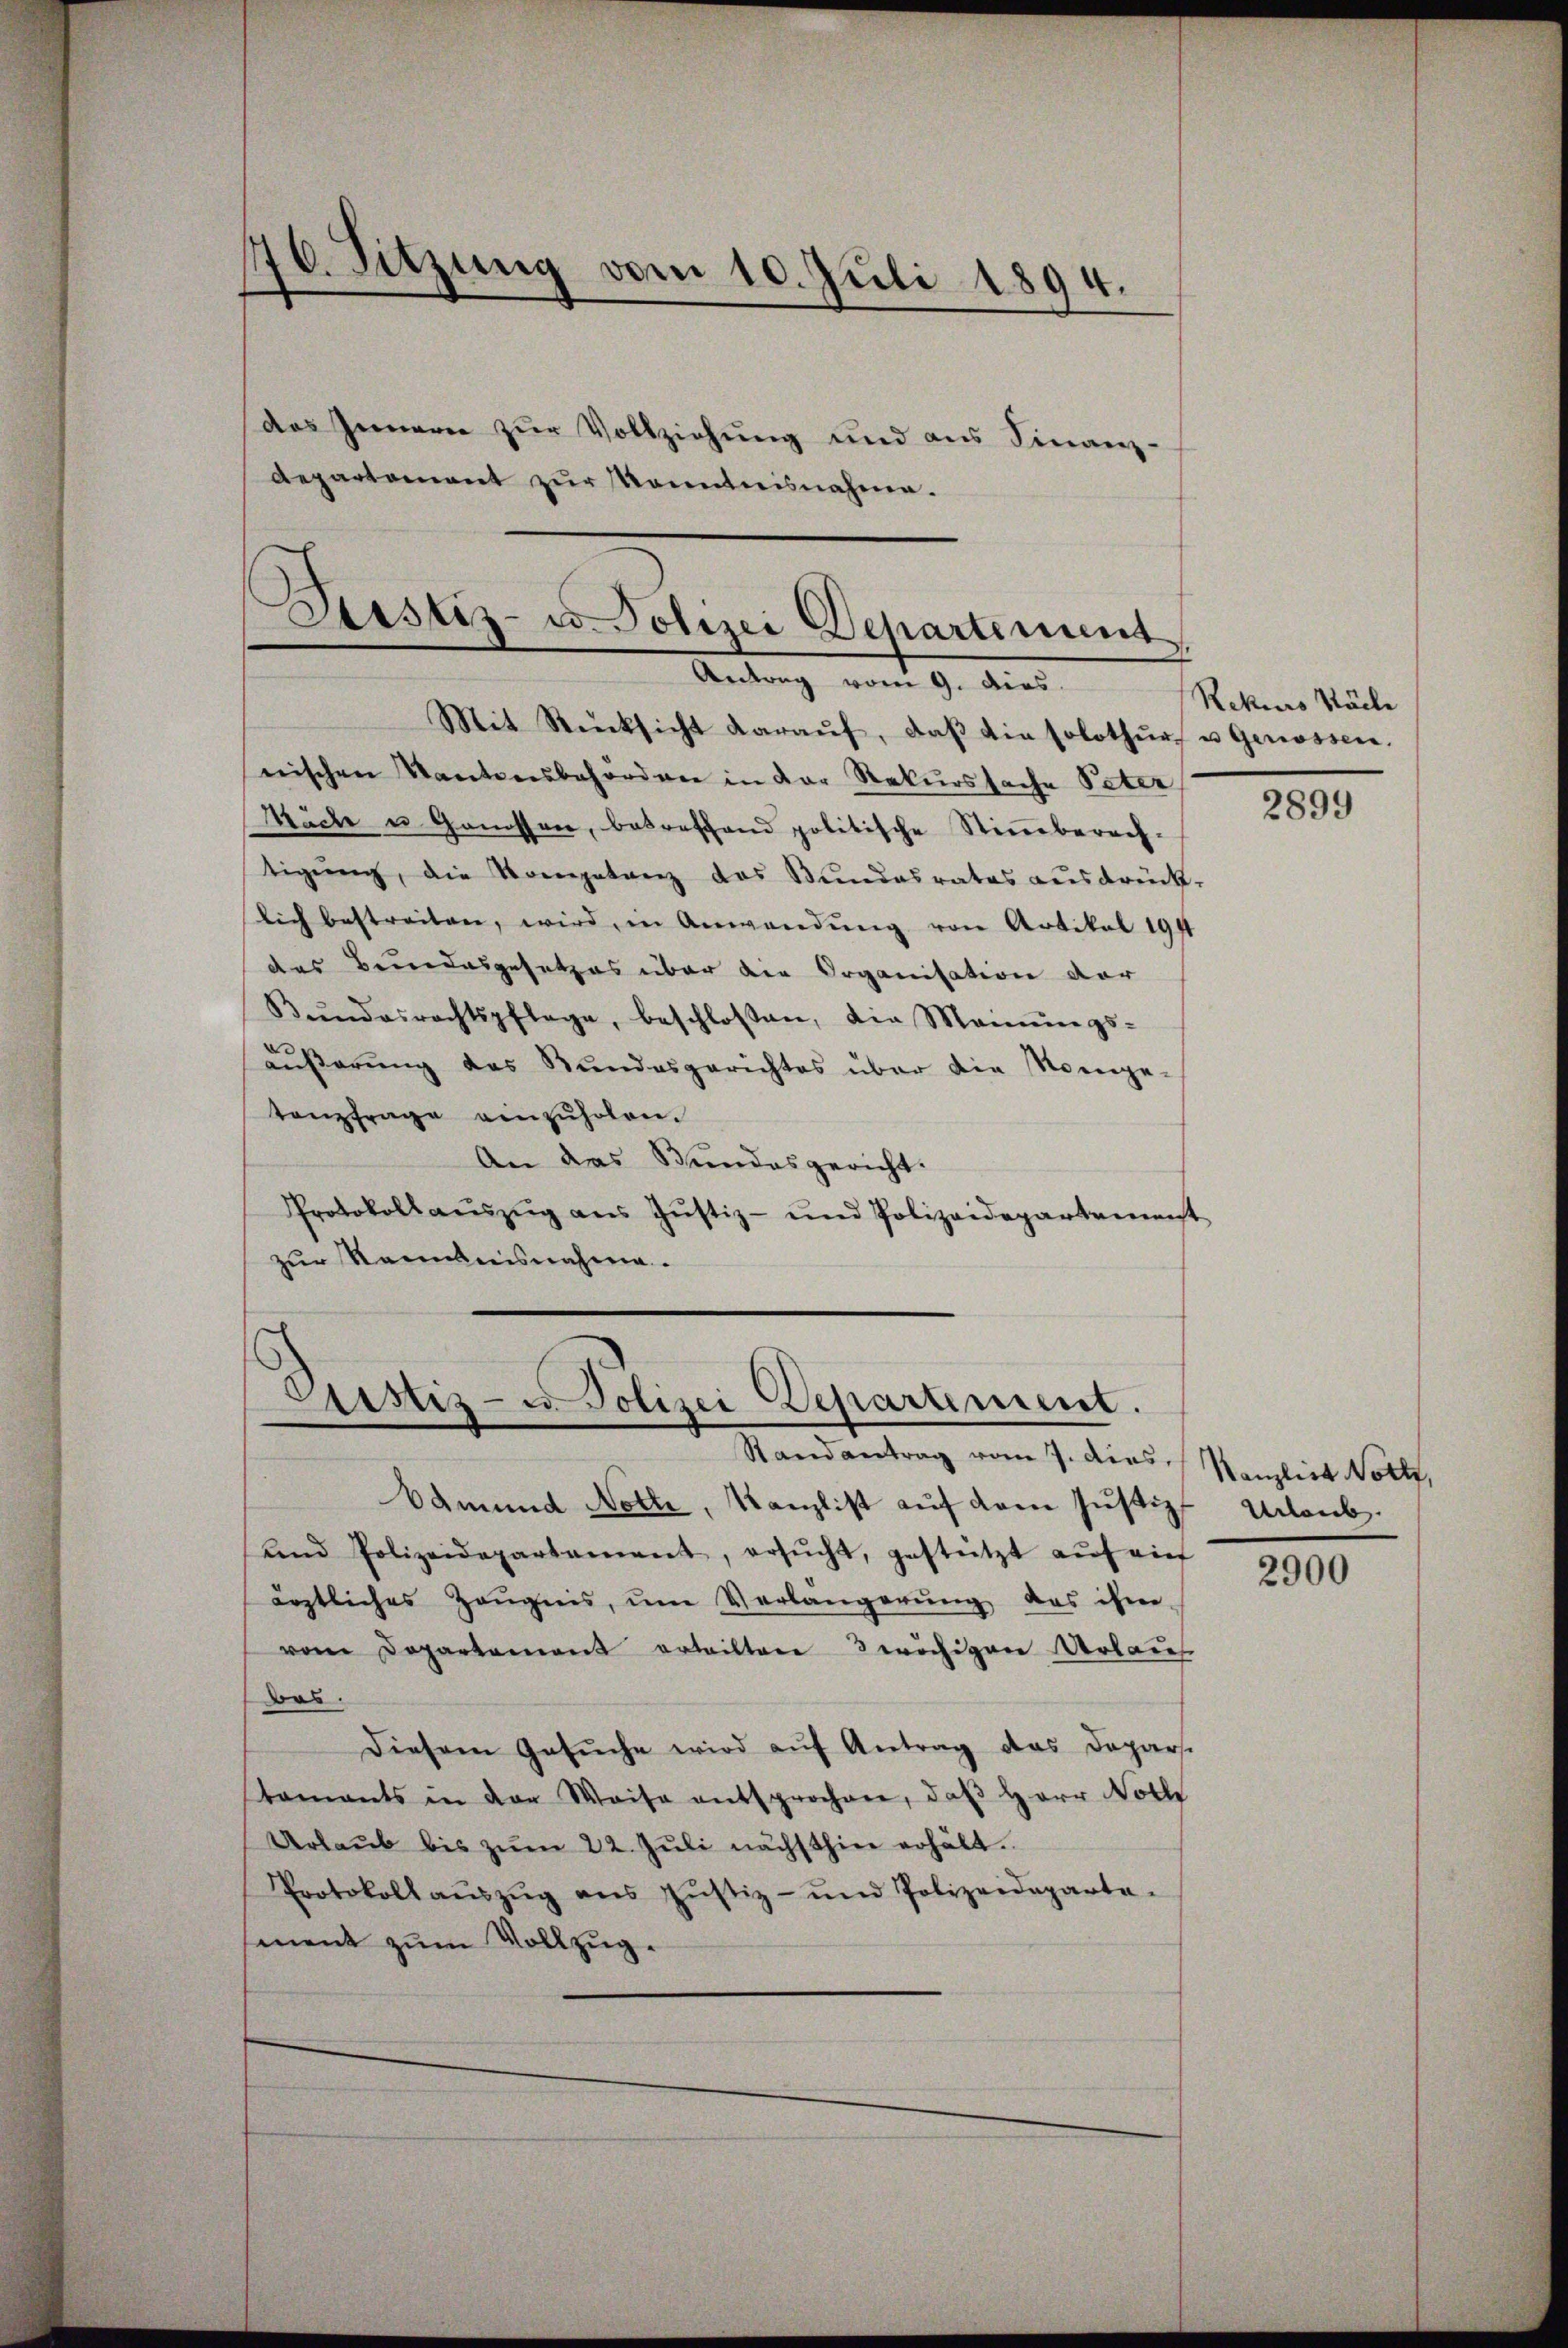
476. Sitzung vom 10. Juli 1894.

Mit Rücksicht darauf, daß die solothur u Genossen.
nischen Kantonsbehörden in der Rekurssache Peter
Mäche u. Genossen, betreffend politische Stimmberech-
tigŭng, die Kompetenz des Bŭndesrates aŭsdrück-
lich bestreiten, wird, in Anwendung von Artikal 194
des Bundesgesetzes über die Organisation der
Bŭndesrechtspflege, beschlossen, die Meinŭngs-
äußerung des Bundesgerichtes über die Nomge-
tonzfrage einzuholen.
An das Stundesgericht.
Protokollaŭszŭg aŭs Jŭstiz- und Polizeidepartement
zur Kenntnisnahme.

departement zŭr Kenntnisnahme.

das Innern zur Vollziehung und aus Finanz-

Astiz- u Polizei Departement

Antrag vom 9. dies

Justiz- u. Polizei Departement.
Randantrag vom 7. dies,

Vamund Notte, Kanzlist auf dem Justiz- Urlaub.
ŭnd Polizeidepartement, ersŭcht, gestützt aŭf ein
ärztliches Zeŭgnis, um Verlangerŭng das ihm
vom Departement erteilten 3 wöchigen Urlaus
das.
Diesem Gesŭche wird aŭf Antrag das Depars.
staments in der Weise entsprochen, daβ Herr Noth
Urlaŭb bis zŭm 22. Jŭli nächsthin erhält.
Protokoll aŭszŭg ans Jŭstiz- und Polizeideparta-
sement zum Vollzug.

Rekurs Säcke

2899

Kanzlist Nott,

2900